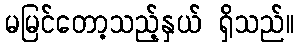
မမြင်တော့သည့်နှယ် ရှိသည်။